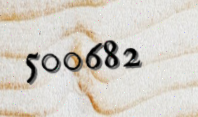
500682